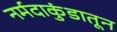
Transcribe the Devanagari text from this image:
नर्मदाकुंडातून